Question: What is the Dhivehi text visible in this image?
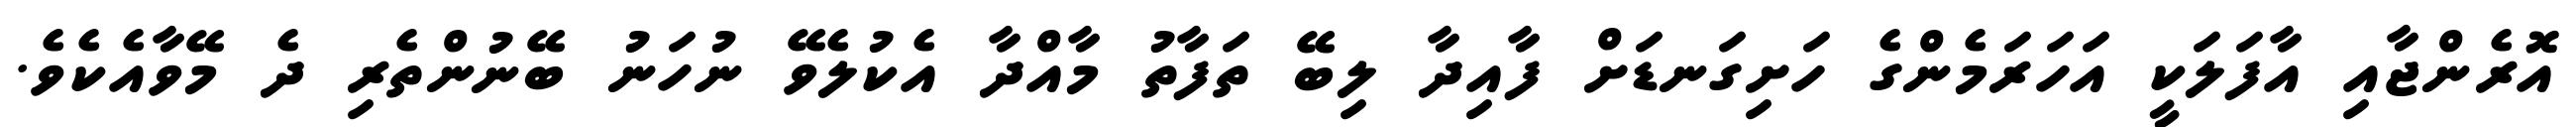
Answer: އޮރެންޖާއި އާފަލަކީ އަހަރަމެންގެ ހަށިގަނޑަށް ފާއިދާ ލިބޭ ތަފާތު މާއްދާ އެކުލެވޭ ނުހަނު ބޭނުންތެރި ދެ މޭވާއެކެވެ.